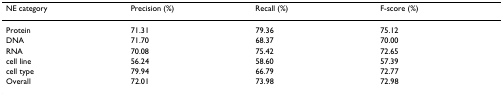
<table><thead><tr><td><b>NE category</b></td><td><b>Precision (%)</b></td><td><b>Recall (%)</b></td><td><b>F-score (%)</b></td></tr></thead><tbody><tr><td>Protein</td><td>71.31</td><td>79.36</td><td>75.12</td></tr><tr><td>DNA</td><td>71.70</td><td>68.37</td><td>70.00</td></tr><tr><td>RNA</td><td>70.08</td><td>75.42</td><td>72.65</td></tr><tr><td>cell line</td><td>56.24</td><td>58.60</td><td>57.39</td></tr><tr><td>cell type</td><td>79.94</td><td>66.79</td><td>72.77</td></tr><tr><td>Overall</td><td>72.01</td><td>73.98</td><td>72.98</td></tr></tbody></table>